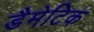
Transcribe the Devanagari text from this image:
डैमेटिक